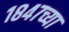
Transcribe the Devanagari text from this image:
१८४७च्या